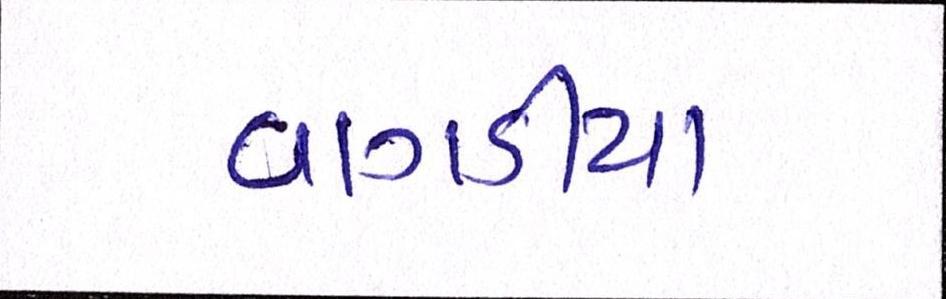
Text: વાગડીયા